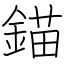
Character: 錨